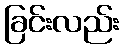
ခြင်းလည်း